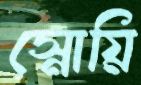
স্নোয়ি